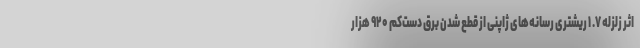
اثر زلزله ۷. ۱ ریشتری رسانه‌های ژاپنی از قطع شدن برق دست‌کم ۹۲۰ هزار